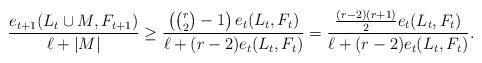
LaTeX: \begin{align*} \frac{e_{t+1}(L_t \cup M, F_{t+1})}{\ell + |M|} \geq \frac{\left(\binom{r}{2}-1 \right) e_t(L_t, F_t)}{\ell + (r-2) e_t(L_t, F_t)}= \frac{\frac{(r-2)(r+1)}{2} e_t(L_t, F_t)}{\ell + (r-2) e_t(L_t, F_t)}.\end{align*}